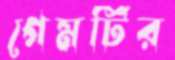
গেমটির